Senior Leaving Certificate Examination (including Day School Certificate (Higher) General paper), 1950
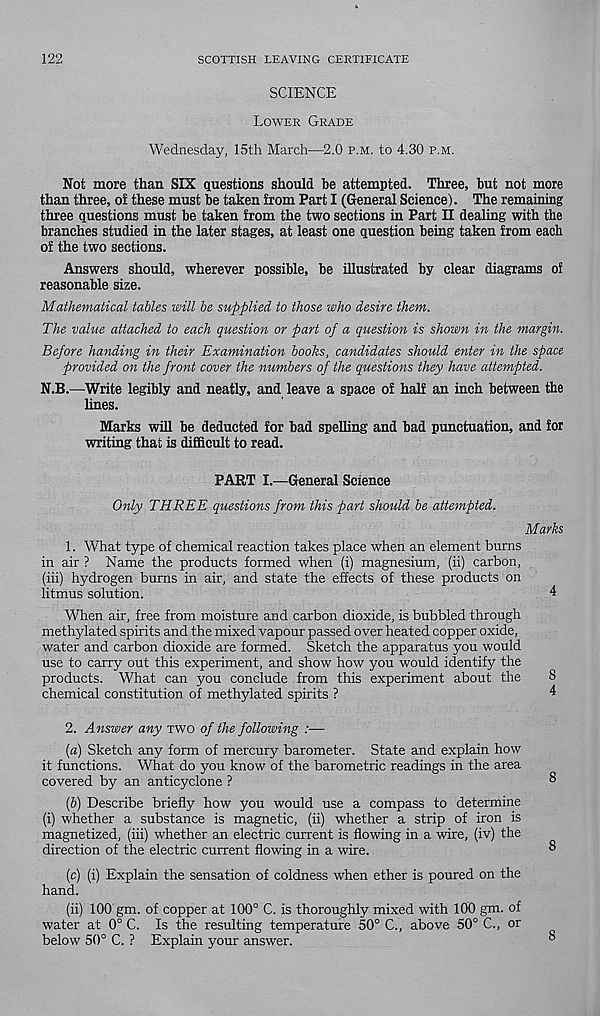
122
SCOTTISH LEAVING CERTIFICATE
SCIENCE
Lower Grade
Wednesday, 15th March—2.0 p.m. to 4.30 p.m.
Not more than SIX questions should be attempted. Three, but not more
than three, of these must be taken from Part I (General Science). The remaining
three questions must be taken from the two sections in Part II dealing with the
branches studied in the later stages, at least one question being taken from each
of the two sections.
Answers should, wherever possible, be illustrated by clear diagrams of
reasonable size.
Mathematical tables will be supplied to those who desire them.
The value attached to each question or part of a question is shown in the margin.
Before handing in their Examination books, candidates should enter in the space
provided on the front cover the numbers of the questions they have attempted.
N.B.—Write legibly and neatly, and leave a space of half an inch between the
lines.
Marks will be deducted for bad spelling and bad punctuation, and for
writing that is difficult to read.
PART I.—General Science
Only THREE questions from this part should be attempted.
Marks
1. What type of chemical reaction takes place when an element bums
in air ? Name the products formed when (i) magnesium, (ii) carbon,
(iii) hydrogen bums in air, and state the effects of these products on
litmus solution.
4
When air, free from moisture and carbon dioxide, is bubbled through
methylated spirits and the mixed vapour passed over heated copper oxide,
water and carbon dioxide are formed. Sketch the apparatus you would
use to carry out this experiment, and show how you would identify the
products. What can you conclude from this experiment about the
8
chemical constitution of methylated spirits ?
4
2. Answer any two of the following :—
(a) Sketch any form of mercury barometer. State and explain how
it functions. What do you know of the barometric readings in the area
covered by an anticyclone ?
8
(b) Describe briefly how you would use a compass to determine
(i) whether a substance is magnetic, (ii) whether a strip of iron is
magnetized, (iii) whether an electric current is flowing in a wire, (iv) the
direction of the electric current flowing in a wire.
8
(c) (i) Explain the sensation of coldness when ether is poured on the
hand.
(ii) 100 gm. of copper at 100° C. is thoroughly mixed with 100 gm. of
water at 0° C. Is the resulting temperature 50° C., above 50° C., or
below 50° C. ? Explain your answer.
°